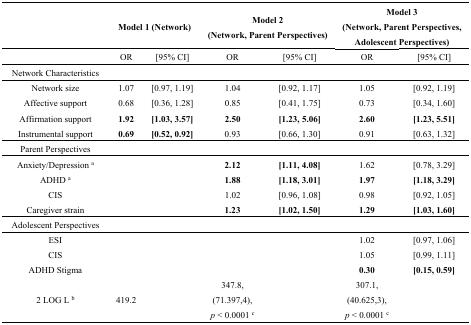
<table><thead><tr><td></td><td colspan="2"><b>Model 1 (Network)</b></td><td colspan="2"><b>Model 2 (Network, Parent Perspectives)</b></td><td colspan="2"><b>Model 3 (Network, Parent Perspectives, Adolescent Perspectives)</b></td></tr></thead><tbody><tr><td></td><td>OR</td><td>[95% CI]</td><td>OR</td><td>[95% CI]</td><td>OR</td><td>[95% CI]</td></tr><tr><td>Network Characteristics</td><td></td><td></td><td></td><td></td><td></td><td></td></tr><tr><td>Network size</td><td>1.07</td><td>[0.97, 1.19]</td><td>1.04</td><td>[0.92, 1.17]</td><td>1.05</td><td>[0.92, 1.19]</td></tr><tr><td>Affective support</td><td>0.68</td><td>[0.36, 1.28]</td><td>0.85</td><td>[0.41, 1.75]</td><td>0.73</td><td>[0.34, 1.60]</td></tr><tr><td>Affirmation support</td><td><b>1.92</b></td><td><b>[1.03, 3.57]</b></td><td><b>2.50</b></td><td><b>[1.23, 5.06]</b></td><td><b>2.60</b></td><td><b>[1.23, 5.51]</b></td></tr><tr><td>Instrumental support</td><td><b>0.69</b></td><td><b>[0.52, 0.92]</b></td><td>0.93</td><td>[0.66, 1.30]</td><td>0.91</td><td>[0.63, 1.32]</td></tr><tr><td>Parent Perspectives</td><td></td><td></td><td></td><td></td><td></td><td></td></tr><tr><td>Anxiety/Depression <sup>a</sup></td><td></td><td></td><td><b>2.12</b></td><td><b>[1.11, 4.08]</b></td><td>1.62</td><td>[0.78, 3.29]</td></tr><tr><td>ADHD <sup>a</sup></td><td></td><td></td><td><b>1.88</b></td><td><b>[1.18, 3.01]</b></td><td><b>1.97</b></td><td><b>[1.18, 3.29]</b></td></tr><tr><td>CIS</td><td></td><td></td><td>1.02</td><td>[0.96, 1.08]</td><td>0.98</td><td>[0.92, 1.05]</td></tr><tr><td>Caregiver strain</td><td></td><td></td><td><b>1.23</b></td><td><b>[1.02, 1.50]</b></td><td><b>1.29</b></td><td><b>[1.03, 1.60]</b></td></tr><tr><td>Adolescent Perspectives</td><td></td><td></td><td></td><td></td><td></td><td></td></tr><tr><td>ESI</td><td></td><td></td><td></td><td></td><td>1.02</td><td>[0.97, 1.06]</td></tr><tr><td>CIS</td><td></td><td></td><td></td><td></td><td>1.05</td><td>[0.99, 1.11]</td></tr><tr><td>ADHD Stigma</td><td></td><td></td><td></td><td></td><td><b>0.30</b></td><td><b>[0.15, 0.59]</b></td></tr><tr><td>2 LOG L <sup>b</sup></td><td>419.2</td><td></td><td>347.8, (71.397,4),<i>p</i> &lt; 0.0001 <sup>c</sup></td><td></td><td>307.1, (40.625,3),<i>p</i> &lt; 0.0001 <sup>c</sup></td><td></td></tr></tbody></table>